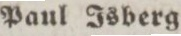
Paul Isberg.